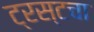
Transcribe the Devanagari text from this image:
ट्रस्टचा